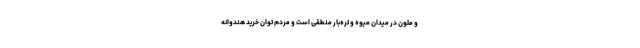
و ملون در میدان میوه و تره‌بار منطقی است و مردم توان خرید هندوانه